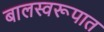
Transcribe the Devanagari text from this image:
बालस्वरूपात